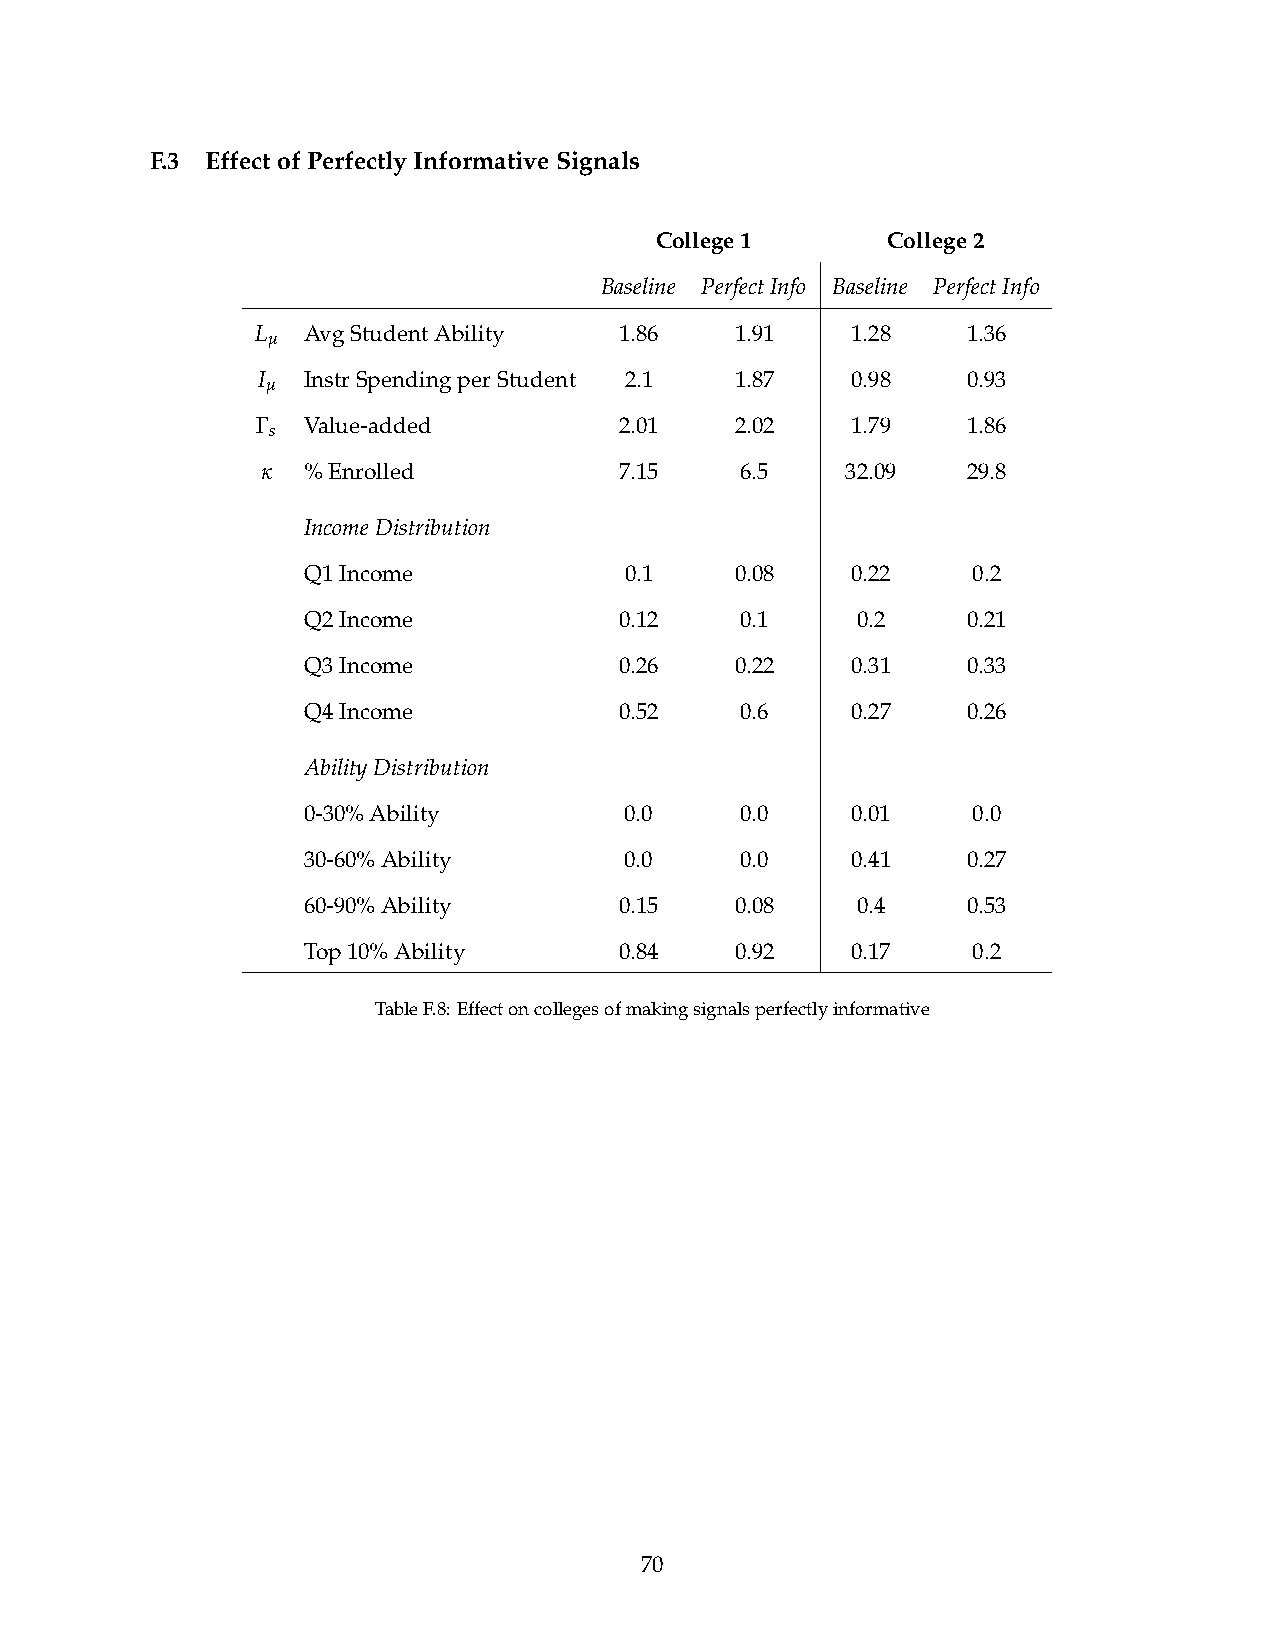
F.3 EffectofPerfectlyInformativeSignals
 College1        College2
 Baseline PerfectInfo Baseline PerfectInfo
 L  AvgStudentAbility    1.86    1.91   1.28    1.36
 µ
 I  InstrSpendingperStudent 2.1  1.87   0.98    0.93
 µ
 Γ
 Value-added          2.01    2.02   1.79    1.86
 s
 κ  %Enrolled            7.15    6.5    32.09   29.8
 IncomeDistribution
 Q1Income             0.1     0.08   0.22    0.2
 Q2Income             0.12    0.1     0.2    0.21
 Q3Income             0.26    0.22   0.31    0.33
 Q4Income             0.52    0.6    0.27    0.26
 AbilityDistribution
 0-30%Ability         0.0     0.0    0.01    0.0
 30-60%Ability        0.0     0.0    0.41    0.27
 60-90%Ability        0.15    0.08    0.4    0.53
 Top10%Ability        0.84    0.92   0.17    0.2
 TableF.8:Effectoncollegesofmakingsignalsperfectlyinformative
 70